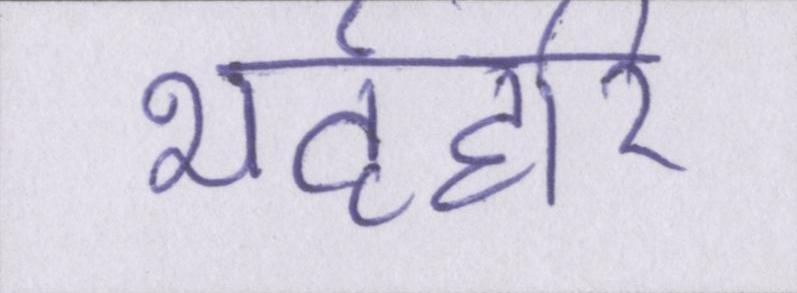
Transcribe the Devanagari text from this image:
भर्तृहरि